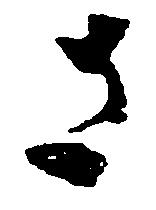
さ